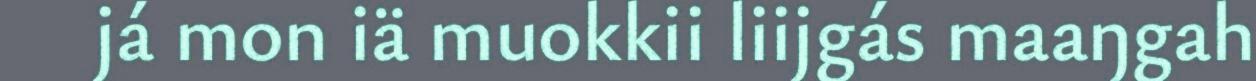
já mon iä muokkii liijgás maaŋgah